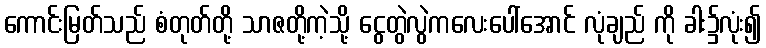
ကောင်းမြတ်သည် စံတုတ်တို့ သာဇတို့ကဲ့သို့ ငွေတွဲလွဲကလေးပေါ်အောင် လုံချည် ကို ခါး၌လုံး၍